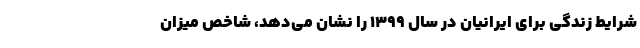
شرایط زندگی برای ایرانیان در سال 1399 را نشان می‌دهد، شاخص میزان